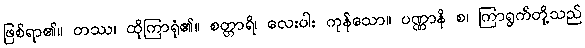
ဖြစ်ရာ၏။ တဿ၊ ထိုကြာရုံ၏။ စတ္တာရိ၊ လေးပါး ကုန်သော။ ပဏ္ဏာနိ စ၊ ကြာရွက်တို့သည်